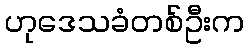
ဟုဒေသခံတစ်ဦးက